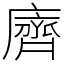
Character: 𪗆